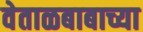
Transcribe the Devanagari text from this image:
वेताळबाबाच्या